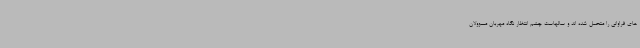
های فراوانی را متحمل شده اند و سالهاست چشم انتظار نگاه مهربان مسوولان